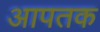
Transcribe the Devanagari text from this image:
आपतक